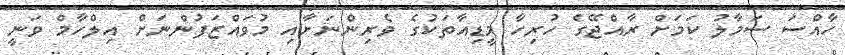
ހާއްސަ ސަމާލު ކަމަށް ރާއްޖޭގެ ހުރިހާ މީޑިއާތަކުގެ ވެރިންނަށާއި މުވައްޒަފުންނަށް އިލްހާމް ވަނީ